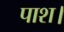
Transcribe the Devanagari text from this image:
पाश।